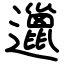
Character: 邋